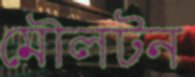
মৌলটন